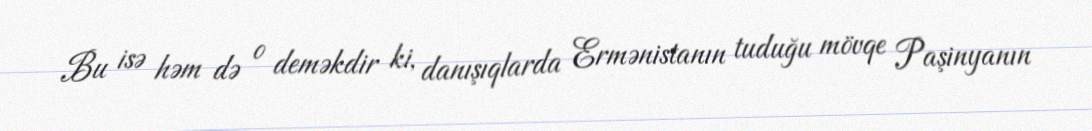
Bu isə həm də o deməkdir ki, danışıqlarda Ermənistanın tuduğu mövqe Paşinyanın